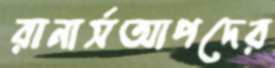
রানার্সআপদের